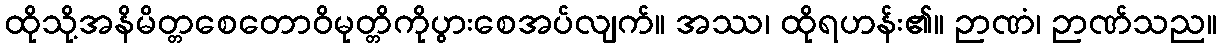
ထိုသို့အနိမိတ္တစေတောဝိမုတ္တိကိုပွားစေအပ်လျက်။ အဿ၊ ထိုရဟန်း၏။ ဉာဏံ၊ ဉာဏ်သည။